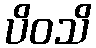
ပိဝသိ